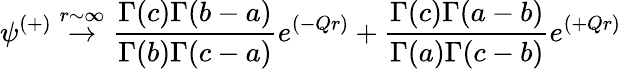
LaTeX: \psi^{(+)}\stackrel{r\sim\infty}{\rightarrow}{\frac{\Gamma(c)\Gamma(b-a)}{\Gamma(b)\Gamma(c-a)}}e^{(-Qr)}+{\frac{\Gamma(c)\Gamma(a-b)}{\Gamma(a)\Gamma(c-b)}}e^{(+Qr)}